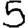
Digit: 5